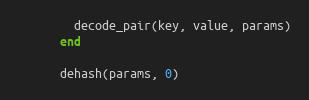
Language: Ruby
        decode_pair(key, value, params)
      end

      dehash(params, 0)